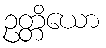
ဥတ္တိယော